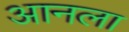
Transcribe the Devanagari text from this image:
आनला